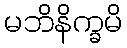
မဘိနိက္ခမိ